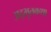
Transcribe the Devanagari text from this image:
अद्भुतकथा